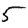
Digit: 5